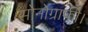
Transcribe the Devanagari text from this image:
सोनोग्राफी।